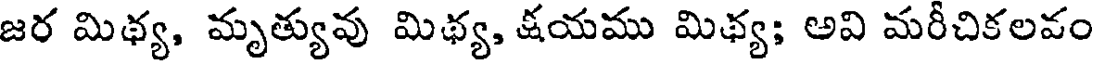
జర మిథ్య, మృత్యువు మిథ్య, క్షయము మిథ్య; అవి మరీచికలవం